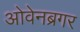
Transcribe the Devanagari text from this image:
ओवेनब्रगर